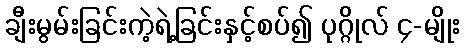
ချီးမွမ်းခြင်းကဲ့ရဲ့ခြင်းနှင့်စပ်၍ ပုဂ္ဂိုလ် ၄-မျိုး